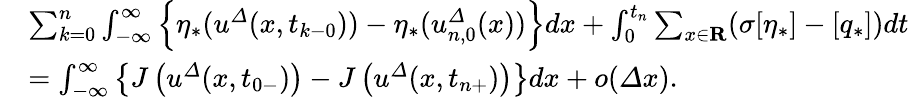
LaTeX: \begin{array}{rl}&{\sum_{k=0}^{n}\int_{-\infty}^{\infty}\left\{ \eta_{\ast}({u}^{\varDelta}(x,t_{k-0}))-\eta_{\ast}({u}_{n,0}^{\varDelta}(x))\right\} dx+\int_{0}^{t_{n}}\sum_{x\in{\mathbf R}}(\sigma[\eta_{\ast}]-[q_{\ast}])dt}\\ &{=\int_{-\infty}^{\infty}\left\{ J\left({u}^{\varDelta}(x,t_{0-})\right)-J\left({u}^{\varDelta}(x,t_{n+})\right)\right\} dx+o({\varDelta}x).}\end{array}